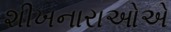
શીખનારાઓએ